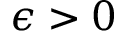
\epsilon > 0